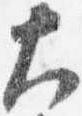
大